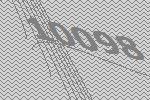
10098